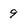
Character: 9